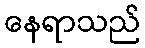
နေရာသည်